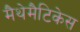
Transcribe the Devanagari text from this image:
मैथेमैटिकेस